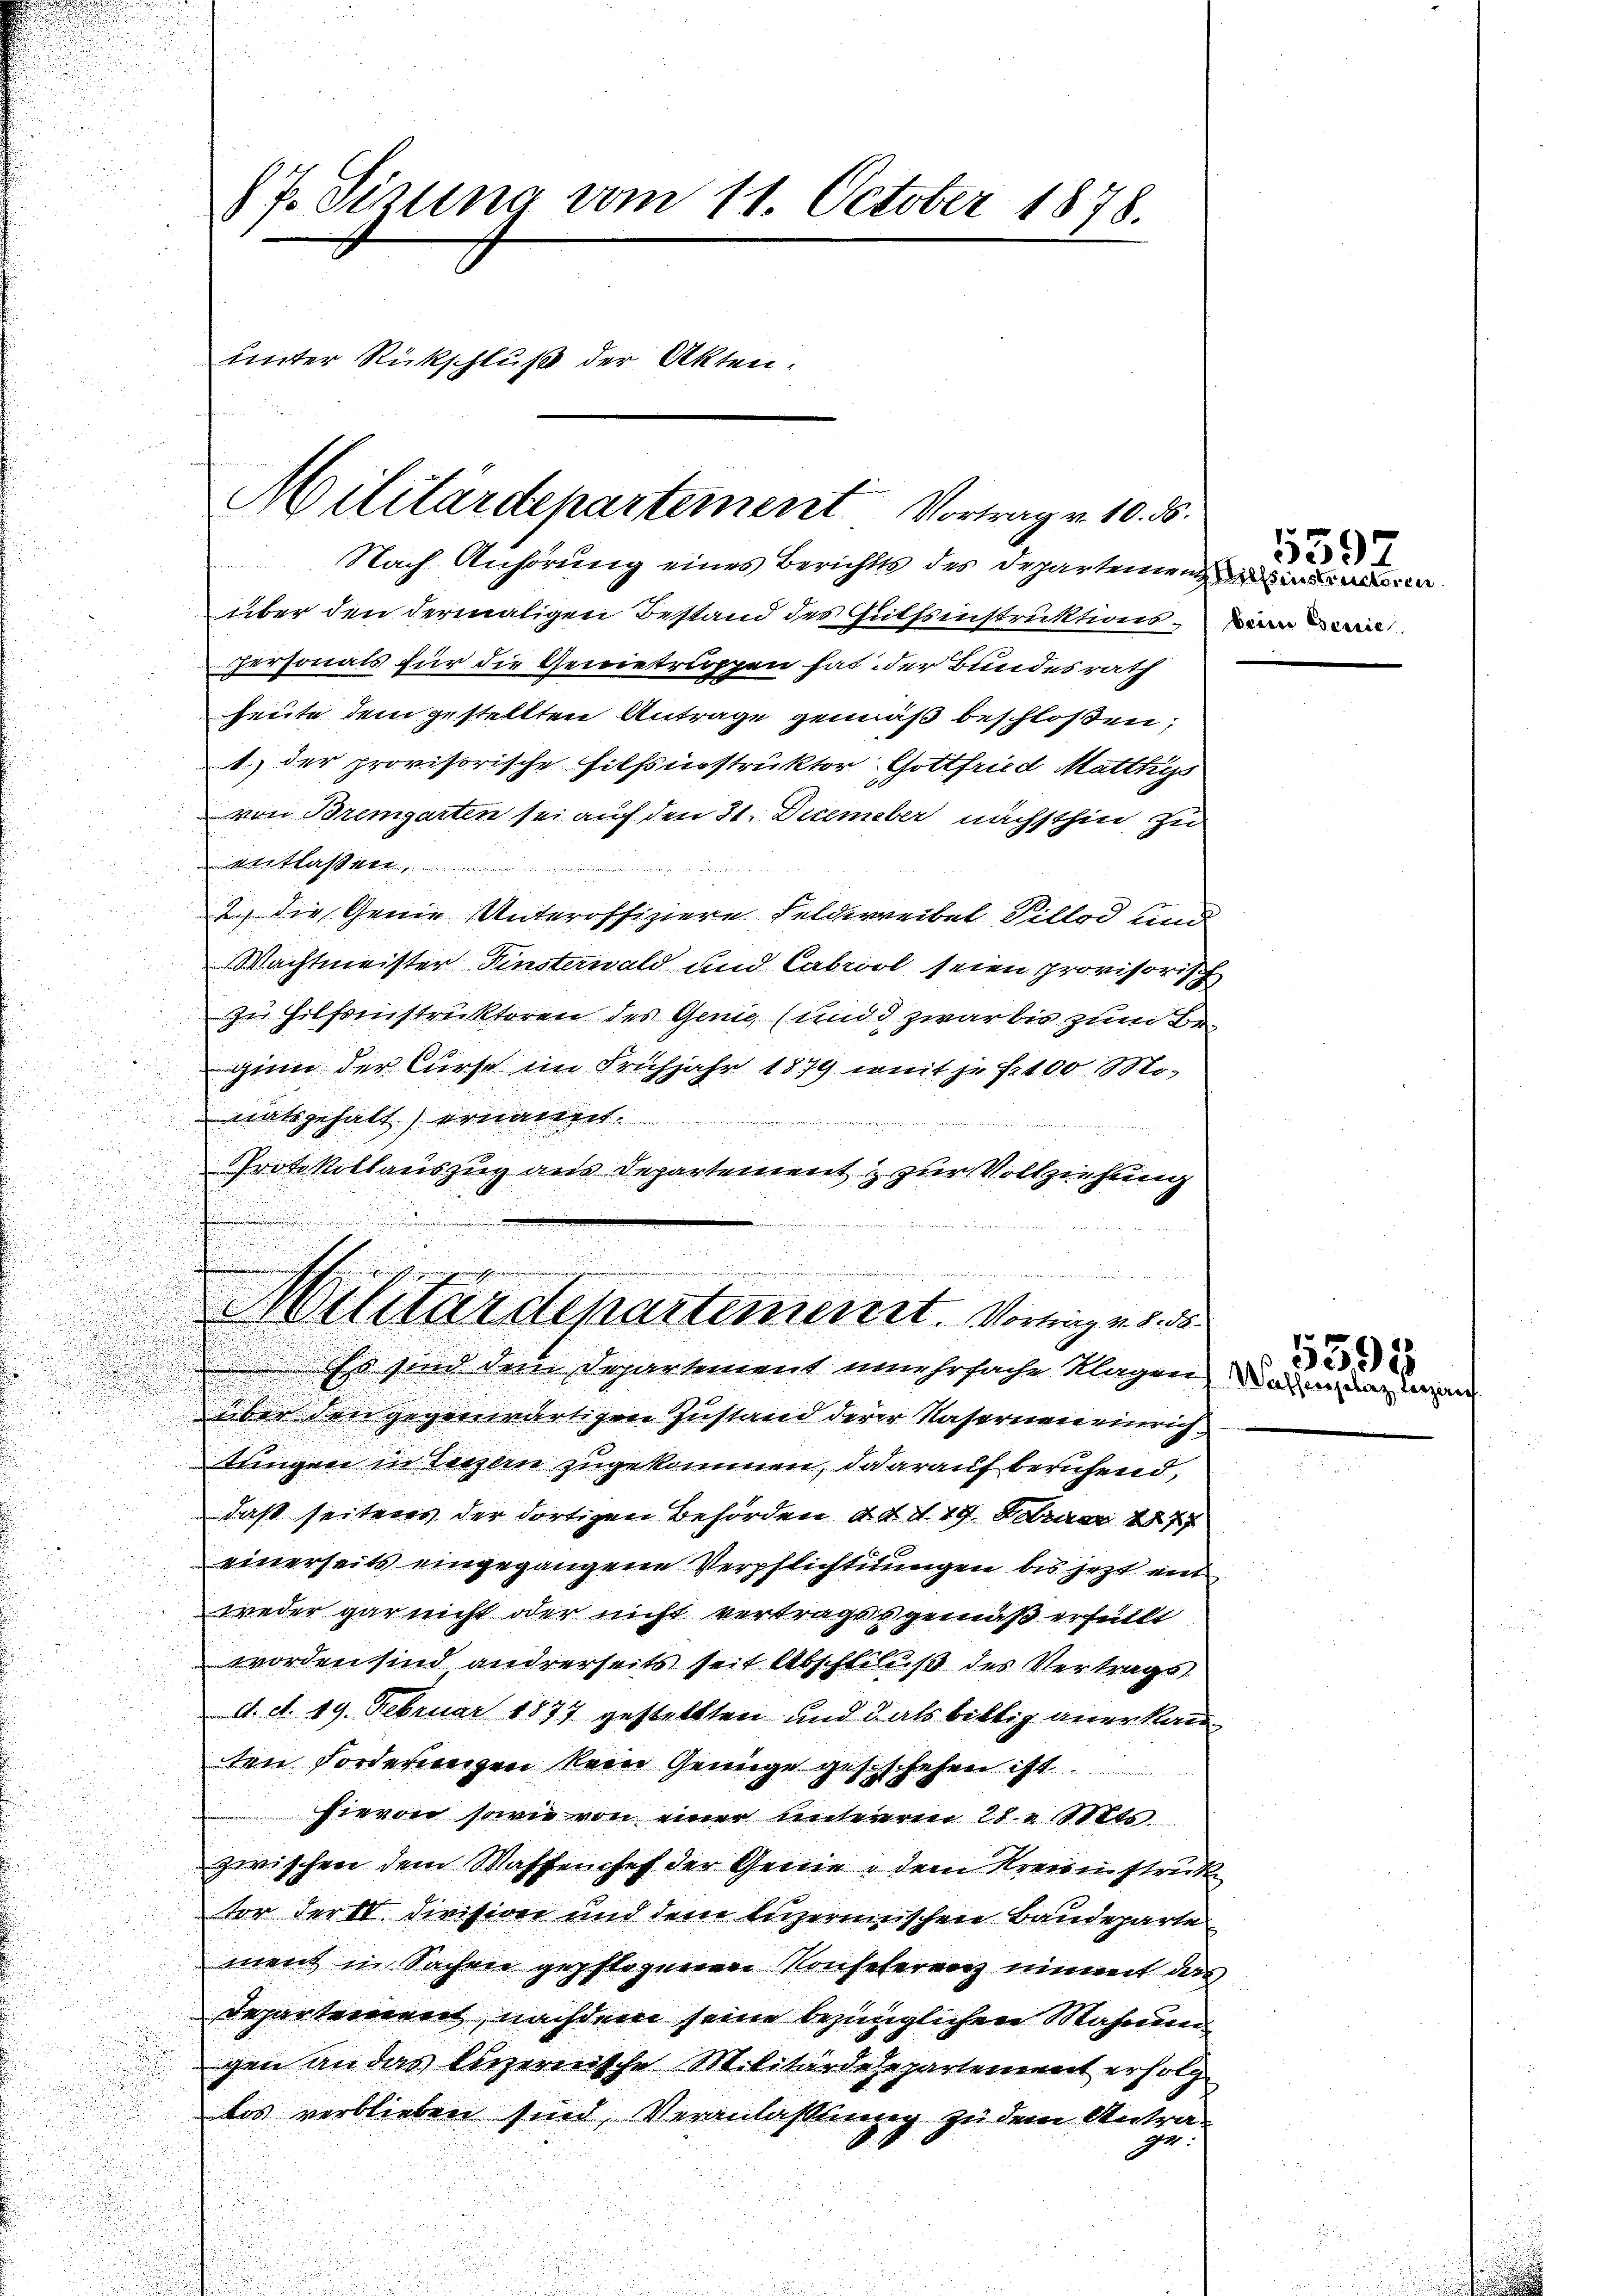
87. Sitzung vom 11. October 1878.
unter Rückschluß der Akten.

Militärdepartement Vortrag v. 10. 86.
Nach Anhörung eines Berichts des Departemen

über den dermaligen Bestand der Güttsinstruktions-Wien Beric
Personals für die Genietruppen hat der Bundesrath
heute dem gestellten Antrage gemäß beschloßen,
1) der provisorische Hilfsinstruktor Gottfried Matthys
von Bremgarten sei auf den 31. December nächsthin, zu
tr Klasse,

.
2.) Die Genie Unteroffiziere Felderreibel Pillod und
u
Wachtmeister Finsterwald und Cabriol seien provisorisch
d
zu Hilfsinstruktoren des Genie (und zwar bis zum Beginn der Curse im Frühjahr 1879 weit je f. 100 Mo-
matsgehalt) ernannt.
de
Protokollauszug aus Departement zur Vollziehung
über den gegenwärtigen Zustand derer Nasernen einrichtungen in Terzen zugekommen, darauf berufend,
daß seitens der dortigen Behörden d. d. d. 19. Februar 1877
einerseits eingegangene Verpflichtungen bis jezt ent
weder gar nicht oder nicht vertrages gemäß erfüllt
worden sind andrerseits seit Abschliluß des Vertragst
d. d. 19. Februar 1877 gestellten und 3 als bittig anerkann
ten Forderungen kein Genüge gestschehen ist.
hievon sowie von einer untereren 28. St.
zwischen dem Waffenchef der Genie dem Kreisinstruk
vor der II. Division und dem luzernischen Baudeparte
ment in Sachen gepflogenen Konseferenz einmet das
Departement, nachdem seine bezüglichen Mahnungen an das luzernische Militärdehepartement erfolg
los verblieben sind, Veranlassung zu dem Antrae

un
Militärdepartement. Vorringen d. 25.
s sind den Departement mehrfache Klagen, Mader anzu

5592

5595

e